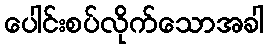
ပေါင်းစပ်လိုက်သောအခါ